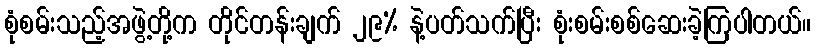
စုံစမ်းသည့်အဖွဲ့တို့က တိုင်တန်းချက် ၂၉% နဲ့ပတ်သက်ပြီး စုံးစမ်းစစ်ဆေးခဲ့ကြပါတယ်။